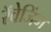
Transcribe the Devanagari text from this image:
रॅवेजिंग